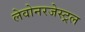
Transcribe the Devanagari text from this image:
लेवोनरजेस्ट्रल